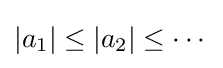
|a_{1}|\leq |a_{2}|\leq \cdots